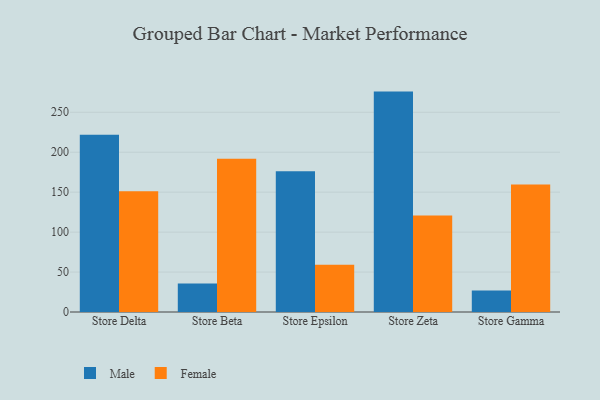
{"axis": {"x": "Store", "y": "Page Views"}, "legend": ["Female", "Male"], "data": [{"x": "Store Delta", "y": 221.8, "type": "Male"}, {"x": "Store Delta", "y": 151.2, "type": "Female"}, {"x": "Store Beta", "y": 35.8, "type": "Male"}, {"x": "Store Beta", "y": 191.7, "type": "Female"}, {"x": "Store Epsilon", "y": 176.3, "type": "Male"}, {"x": "Store Epsilon", "y": 59.3, "type": "Female"}, {"x": "Store Zeta", "y": 275.9, "type": "Male"}, {"x": "Store Zeta", "y": 120.7, "type": "Female"}, {"x": "Store Gamma", "y": 26.8, "type": "Male"}, {"x": "Store Gamma", "y": 159.7, "type": "Female"}]}